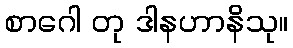
စာဂေါ တု ဒါနဟာနိသု။